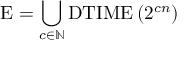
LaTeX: { \mathrm { E } } = \bigcup _ { c \in \mathbb { N } } { \mathrm { D T I M E } } \left( 2 ^ { c n } \right)